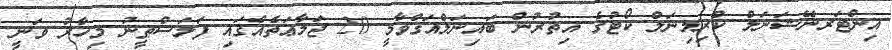
އިންޓަރނޭޝަނަލް ކްރިމިނަލް ކޯޓުގެ އިތުރުން ބައިނަލްއަޤްވާމީ 20 ޖަމާޢަތެއްގައި ފަލަސްޠީނު މިހާރު ވަނީ